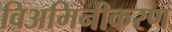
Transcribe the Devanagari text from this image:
विअमिनीकरण